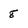
Character: 8